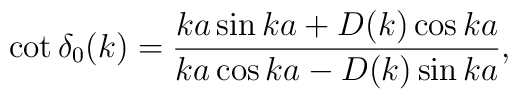
\cot\delta_0(k)=\frac{ka \sin ka + D(k) \cos ka}{ka\cos ka -D(k)\sin ka},